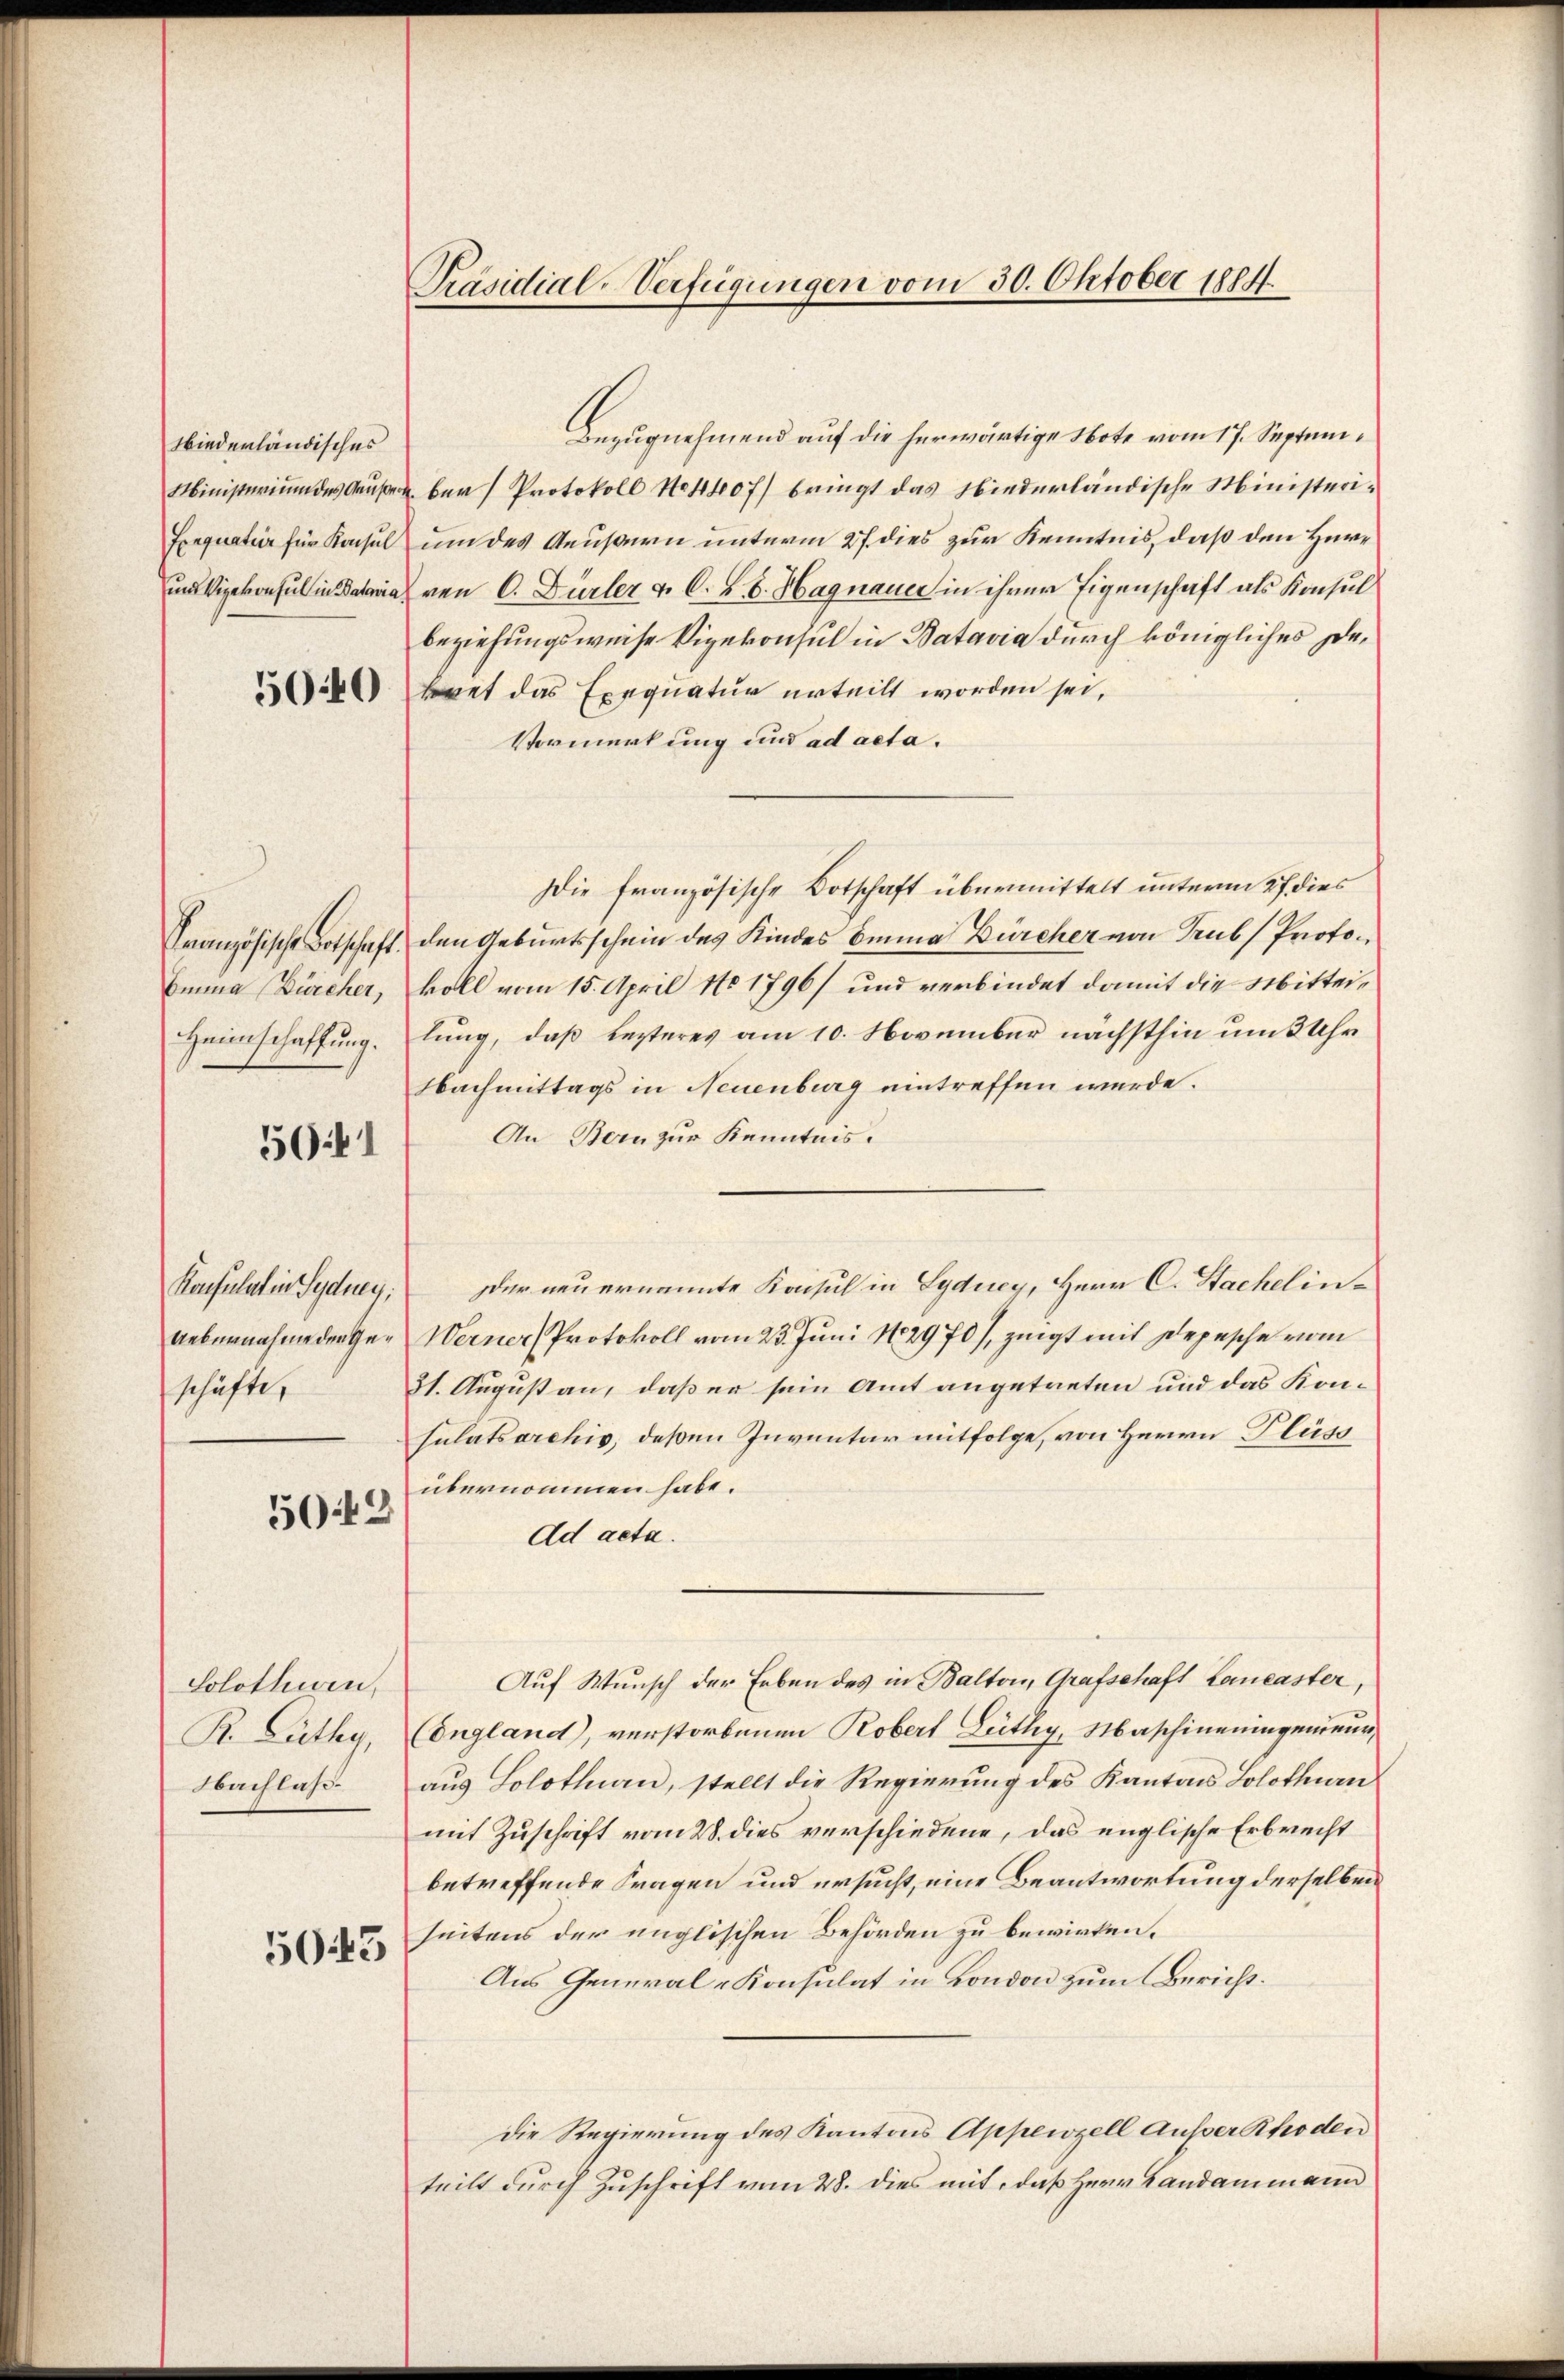
Niederländisches

50:41

Konsulat in Sydney;
schäfte,

Solothurn,
Nachlaß

5045

502

Präsidial-Verfügungen vom 30. Oktober 1884.

Bezugnehmend auf die herwärtige Note vom 17. Septem¬
Ministerium des Haŭse der Protokoll No 440f) bringt das Niederländische Ministeri¬
Enquatuor für Konsul um des Aeußern unterm 27. dies zur Kenntnis, daß den Hüriven C. Dürler v. C. B. d. Hagnauer in ihrer Eigenschaft als Konsul
beziehungsweise Vizekonsul in Batavia durch königliches De¬
4 kret das Exequatur urteilt worden sei,
Vormerkung und ad acta.
Die französische Botschaft übermittelt unterm 27 dies
Französische Botschaft den Geburtsschein des Kindes Emma Bürcher von Trub Proto¬
Einna Dürcher, koll vom 15. April No 1796) und verbindet damit die Mittei¬
Heimschaffung. lung, daß Lezteres am 10. November nächsthin um 3 Uhr
Nachmittags in Neuenburg eintreffen werde.
An Bern zur Kenntnis.
er neu ernannte Konsul in Syduey, Herr C. Sachelin
Uebernahme der Ge- Werner Protokoll vom 23. Juni 182970/, zeigt mit Depesche vom
31. August an, daß er sein Amt angetreten und das Konsulatsarchiv, deßen Inventar mitfolge, von Herrn Flüss
übernommen habe.
Ad acta.
Auf Wunsch der Erben des in Balton, Grafschaft Lancaster,
R. Lüthy, Congland), verstorbenen Robert Leithy, Maschineningemeinaus Solothurn, stellt die Regierung des Kantons Solothurn
mit Zuschrift vom 28. dies verschiedene, das englische Erbrecht
betreffende Fragen und ersucht, eine Beantwortung derselben
seitens der unglischen Behörden zu bewirken.
Aus General-Konsulat in London zum Bericht.
Die Regierung des Kantons Appenzell Ausser Rhoden
teilt durch Zuschrift vom 28. dies mit, daß Herr Landammann